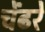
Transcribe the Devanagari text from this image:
चेंढरे